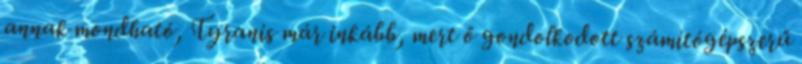
annak mondható, Tyranis már inkább, mert ő gondolkodott számítógépszerű